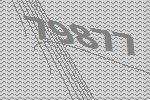
79877